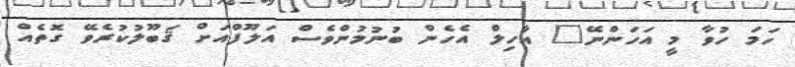
ހަމަ ހުވާ މީ އަހަންނޭ" އާހިލް އެހެން ބުނުމުންވެސް އަލޫފްއަށް ޤަބޫލުކުރެވޭ ގޮތެއް